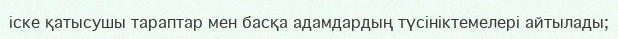
іске қатысушы тараптар мен басқа адамдардың түсініктемелері айтылады;